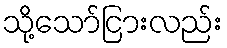
သို့သော်ငြားလည်း